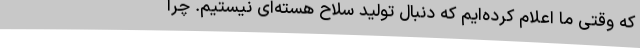
که وقتی ما اعلام کرده‌ایم که دنبال تولید سلاح هسته‌ای نیستیم. چرا